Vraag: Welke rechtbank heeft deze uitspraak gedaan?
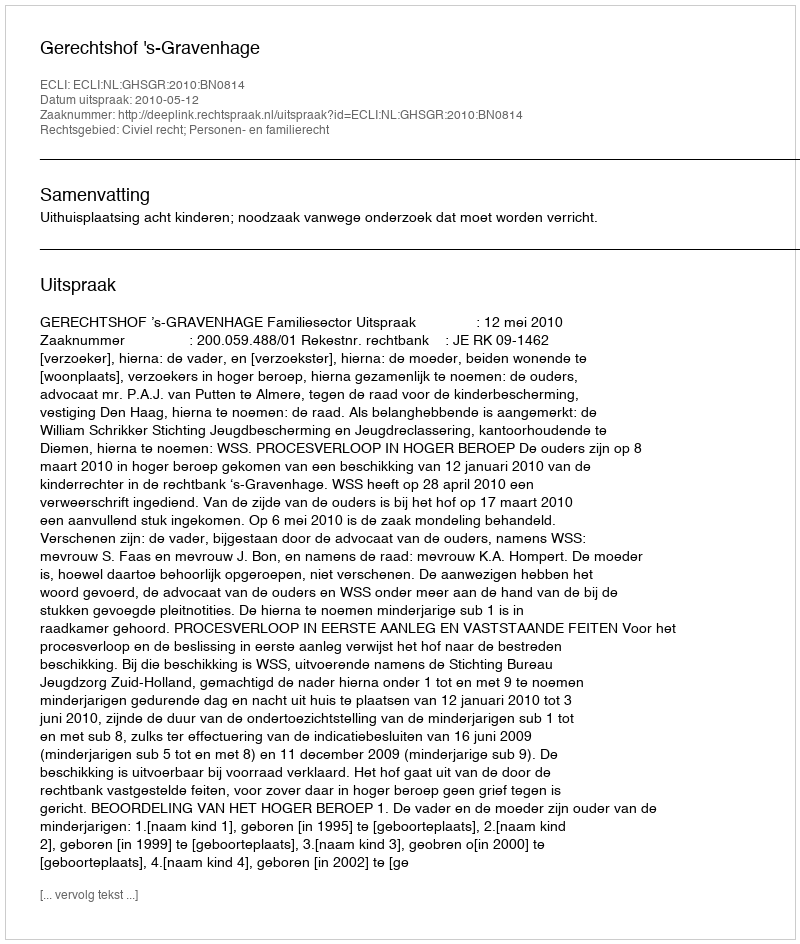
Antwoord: Gerechtshof 's-Gravenhage